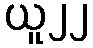
ယူ၂၂